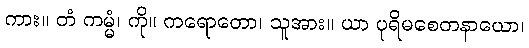
ကား။ တံ ကမ္မံ၊ ကို။ ကရောတော၊ သူအား။ ယာ ပုရိမစေတနာယော၊